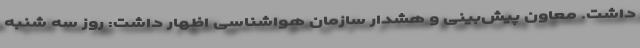
داشت. معاون پیش‌بینی و هشدار سازمان هواشناسی اظهار داشت: روز سه شنبه